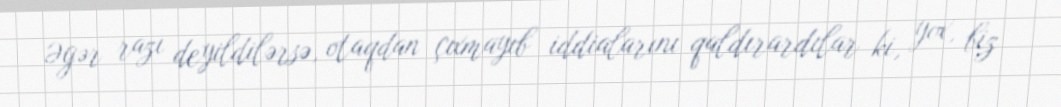
Əgər razı deyildilərsə, otaqdan çıxmayıb iddialarını qaldırardılar ki, yox, biz